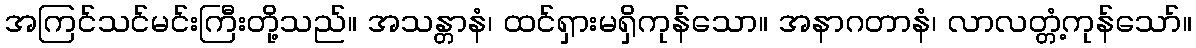
အကြင်သင်မင်းကြီးတို့သည်။ အသန္တာနံ၊ ထင်ရှားမရှိကုန်သော။ အနာဂတာနံ၊ လာလတ္တံ့ကုန်သော်။